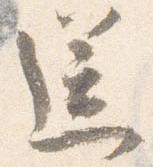
送